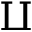
\amalg